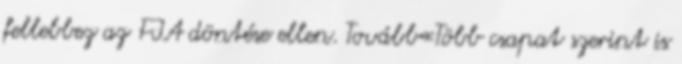
fellebbez az FIA döntése ellen. Tovább«Több csapat szerint is